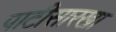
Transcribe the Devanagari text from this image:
पाटीसारखा